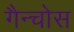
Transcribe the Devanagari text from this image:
गैन्चोस